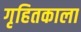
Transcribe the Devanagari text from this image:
गृहितकाला